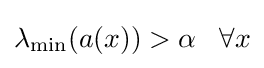
\lambda _{\min }(a(x))>\alpha \;\;\;\forall x